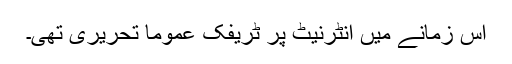
اس زمانے میں انٹرنیٹ پر ٹریفک عموماً تحریری تھی۔